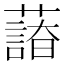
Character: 𦿫